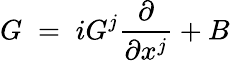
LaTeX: G\; =\; iG^{j}\frac{\partial}{\partial x^{j}}+B